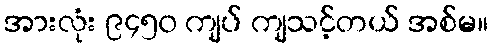
အားလုံး ၉၄၅၀ ကျပ် ကျသင့်တယ် အစ်မ။